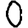
Digit: 0